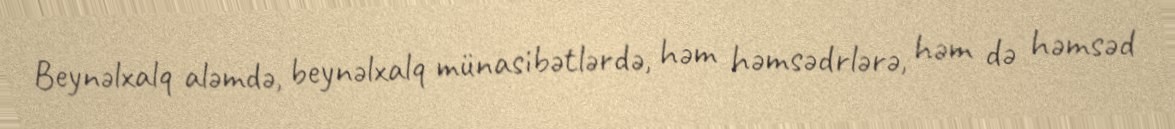
Beynəlxalq aləmdə, beynəlxalq münasibətlərdə, həm həmsədrlərə, həm də həmsəd